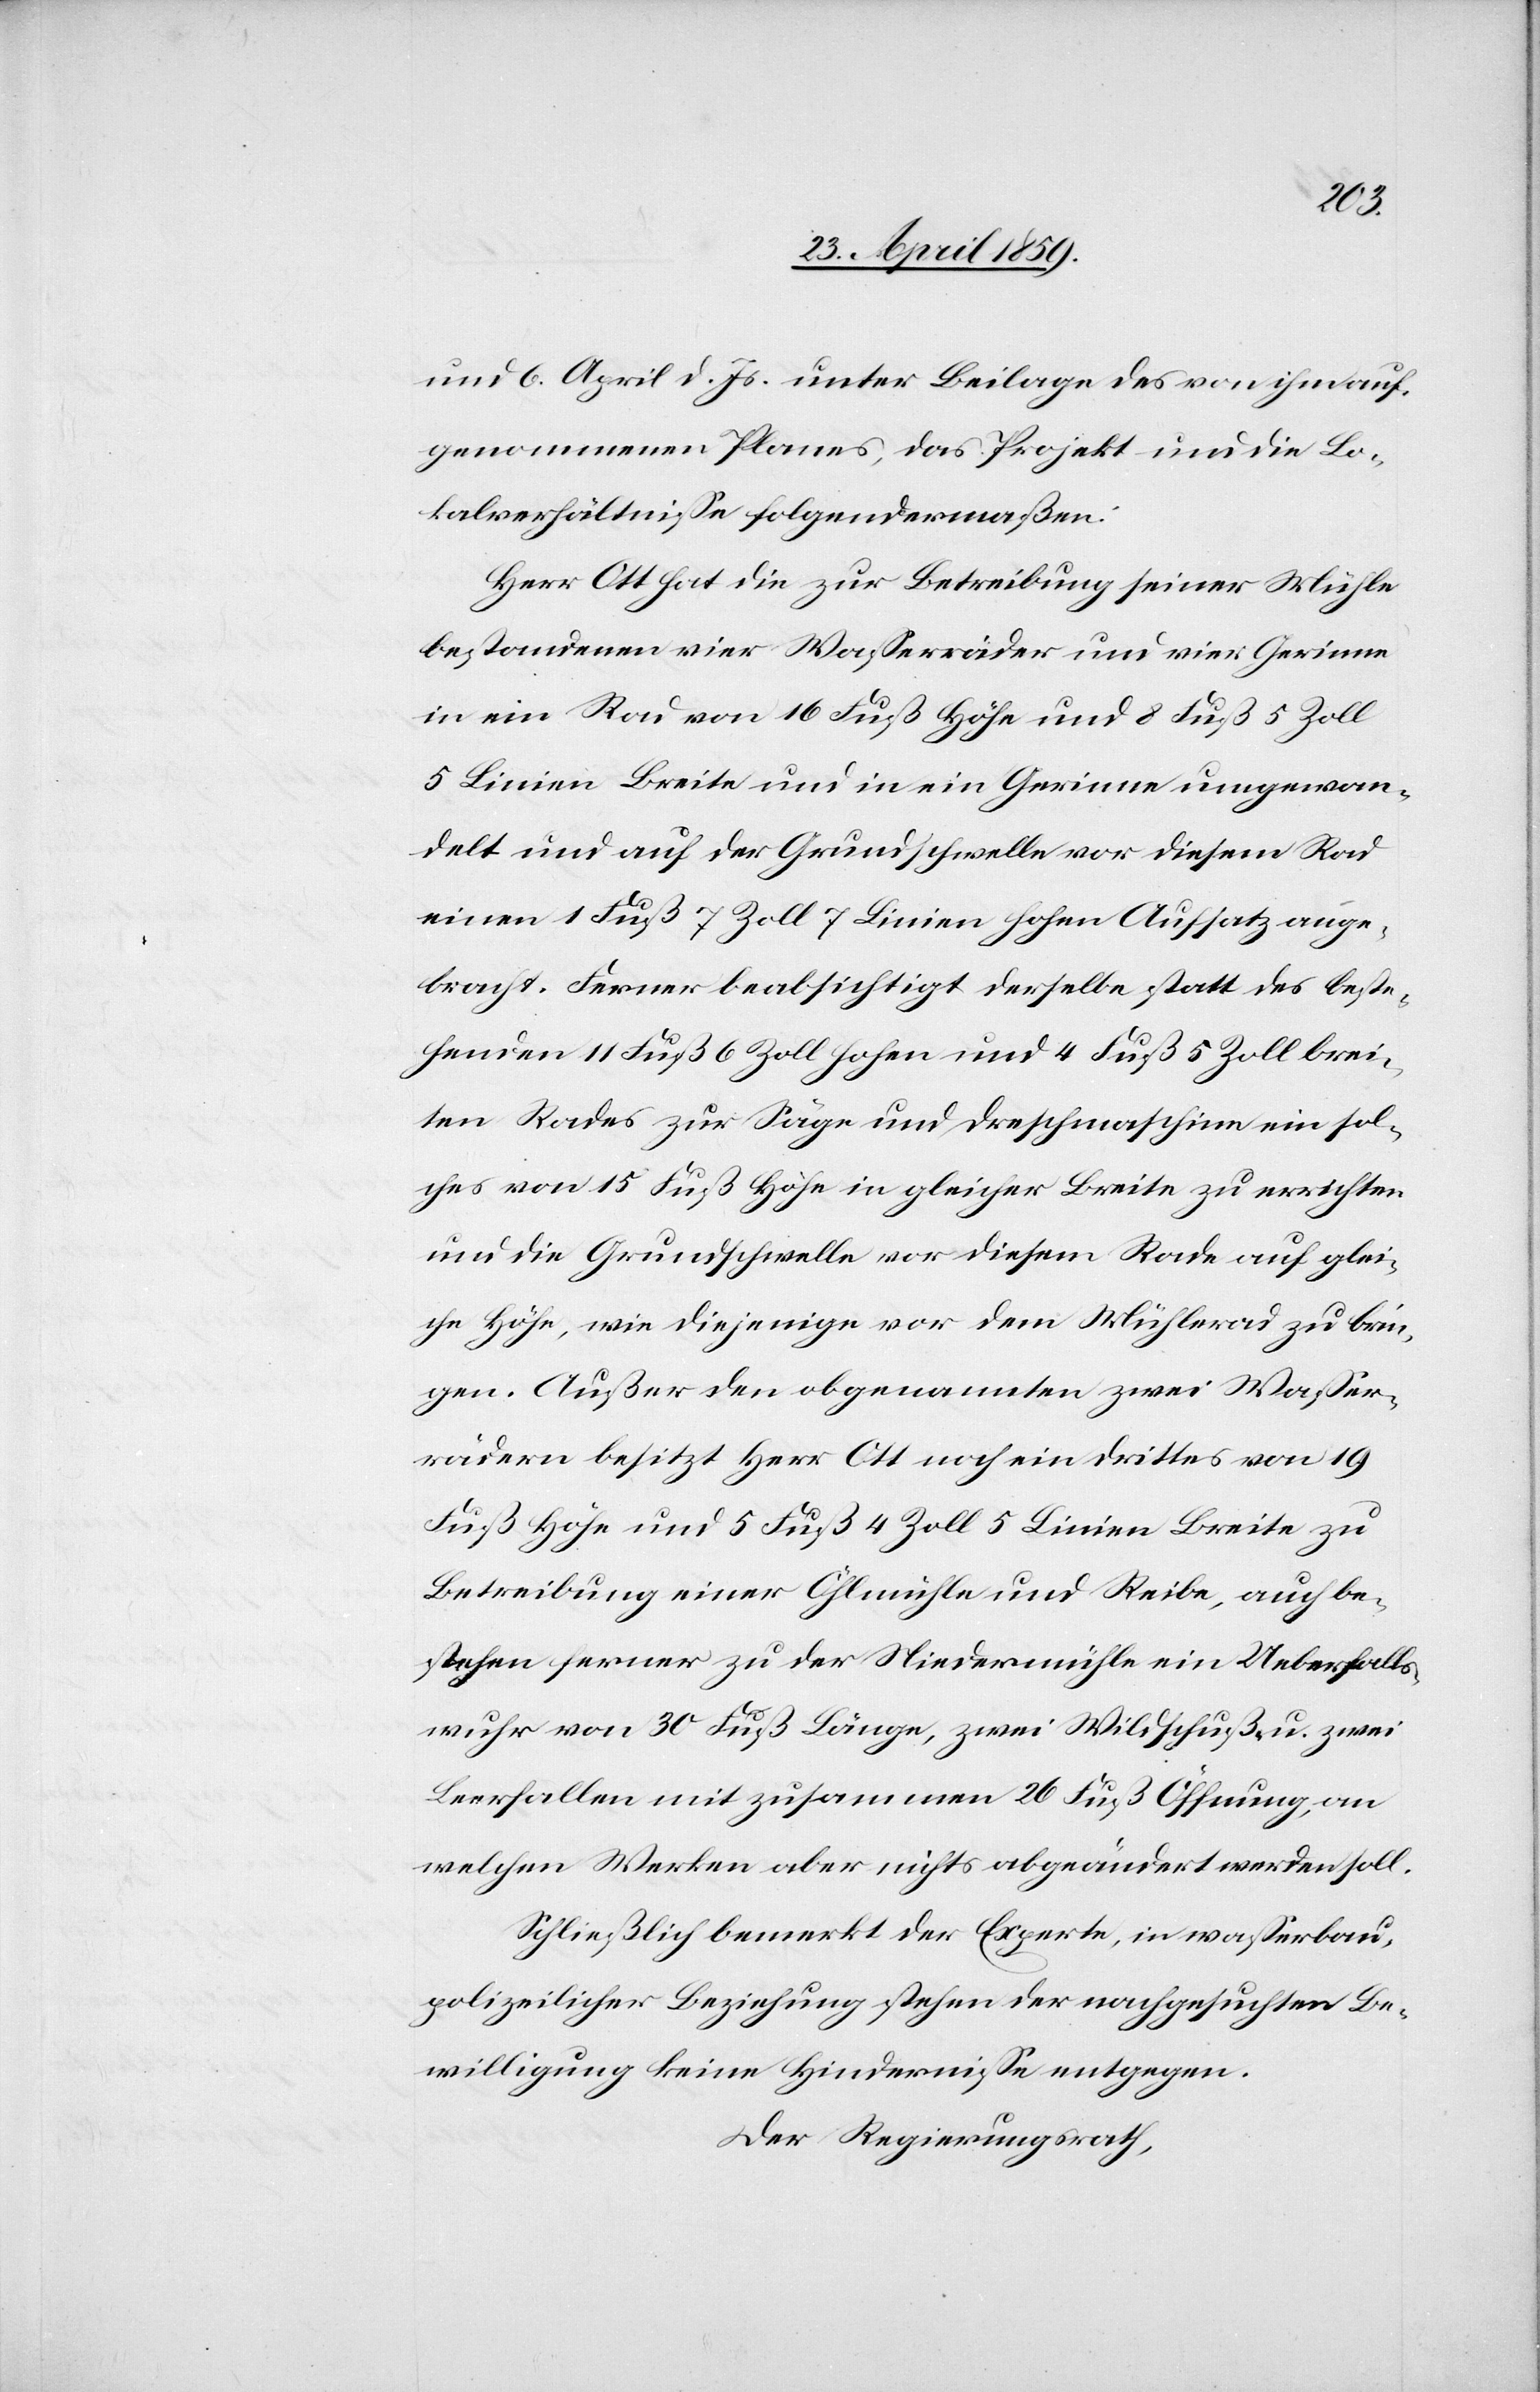
und 6. April d. Js. unter Beilage des von ihm auf¬
genommenen Planes, das Projekt und die Lo¬
kalverhältniße folgendermaßen:
Herr Ott hat die zur Betreibung seiner Mühle
bestandenen vier Waßerräder und vier Gerinne
in ein Rad von 16. Fuß Höhe und 8 Fuß 5 Zoll
5 Linien Breite und in ein Gerinne umgewan¬
delt und auf der Grundschwelle vor diesem Rad
einen 1 Fuß 7 Zoll 7 Linien hohen Aufsatz ange¬
bracht. Ferner beabsichtigt derselbe statt des beste¬
henden 11 Fuß 6 Zoll hohen und 4 Fuß 5 Zoll brei¬
ten Rades zur Säge und Dreschmaschine ein sol¬
ches von 15 Fuß Höhe in gleicher Breite zu errichten
und die Grundschwelle vor diesem Rade auf glei¬
che Höhe, wie diejenige vor dem Mühlerad zu brin¬
gen. Außer den obgenannten zwei Waßer¬
rädern besitzt Herr Ott noch ein drittes von 19
Fuß Höhe und 5 Fuß 4 Zoll 5 Linien Breite zu
Betreibung einer Öhlmühle und Reibe, auch be¬
stehen ferner zu der Niedermühle ein Ueberfalls¬
wuhr von 30 Fuß Länge, zwei Wildschuß- u. zwei
Leerfallen mit zusammen 26 Fuß Öffnung, an
welchen Werken aber nichts abgeändert werden soll.
Schließlich bemerkt der Experte, in waßerbau¬
polizeilicher Beziehung stehen der nachgesuchten Be¬
willigung keine Hinderniße entgegen.
Der Regierungsrath,